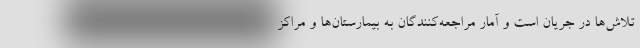
تلاش‌ها در جریان است و آمار مراجعه‌کنندگان به بیمارستان‌ها و مراکز